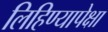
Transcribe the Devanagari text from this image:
लिहिण्यापेक्षा